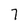
Character: 7